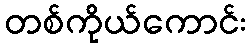
တစ်ကိုယ်ကောင်း